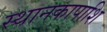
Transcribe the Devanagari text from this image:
स्थानकापाशि